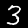
Digit: 3